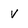
Character: V